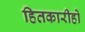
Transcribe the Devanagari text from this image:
हितकारीहो